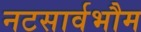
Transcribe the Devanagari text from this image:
नटसार्वभौम